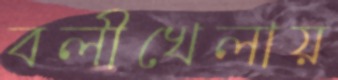
বলীখেলায়